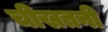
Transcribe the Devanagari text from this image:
चीखतनी